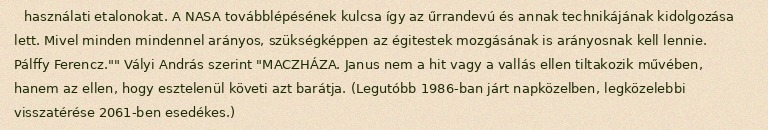
használati etalonokat. A NASA továbblépésének kulcsa így az űrrandevú és annak technikájának kidolgozása lett. Mivel minden mindennel arányos, szükségképpen az égitestek mozgásának is arányosnak kell lennie. Pálffy Ferencz."" Vályi András szerint "MACZHÁZA. Janus nem a hit vagy a vallás ellen tiltakozik művében, hanem az ellen, hogy esztelenül követi azt barátja. (Legutóbb 1986-ban járt napközelben, legközelebbi visszatérése 2061-ben esedékes.)